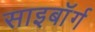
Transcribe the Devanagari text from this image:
साइबाॅर्ग